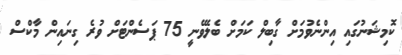
ކޮމިޝަނުގައި އިންނެވުމަށް ގާބިލް ކަމަށް ބެލެވޭނީ 75 ޕަސެންޓަށް ވުރެ ގިނައިން މާކްސް